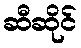
ဆီဆိုင်